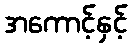
အကောင့်နှင့်